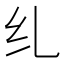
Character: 𫄙